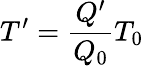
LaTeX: T^{\prime}=\frac{Q^{\prime}}{Q_{0}}T_{0}